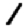
Digit: 1